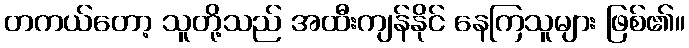
တကယ်တော့ သူတို့သည် အထီးကျန်နိုင် နေကြသူများ ဖြစ်၏။